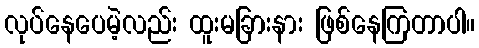
လုပ်နေပေမဲ့လည်း ထူးမခြားနား ဖြစ်နေကြတာပါ။